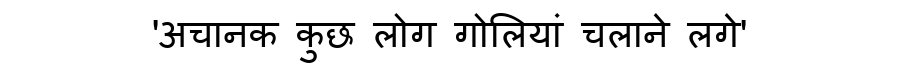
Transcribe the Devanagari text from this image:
'अचानक कुछ लोग गोलियां चलाने लगे'